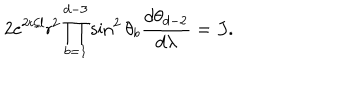
LaTeX: 2 e ^ { 2 { \sf t } / l } { \sf r } ^ { 2 } \prod _ { b = 1 } ^ { d - 3 } \sin ^ { 2 } \theta _ { b } \frac { d \theta _ { d - 2 } } { d \lambda } = J .